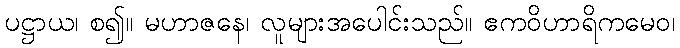
ပဋ္ဌာယ၊ စ၍။ မဟာဇနေ၊ လူများအပေါင်းသည်။ ဧကဝိဟာရိကမေဝ၊